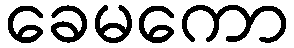
ခေမကော